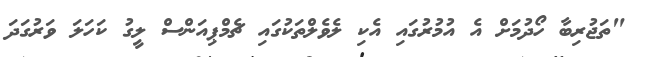
"ތަޖުރިބާ ހޯދުމަށް އެ އުމުރުގައި އެކި ލެވެލްތަކުގައި ޗެމްޕިއަންސް ލީގު ކަހަލަ ވަރުގަދަ